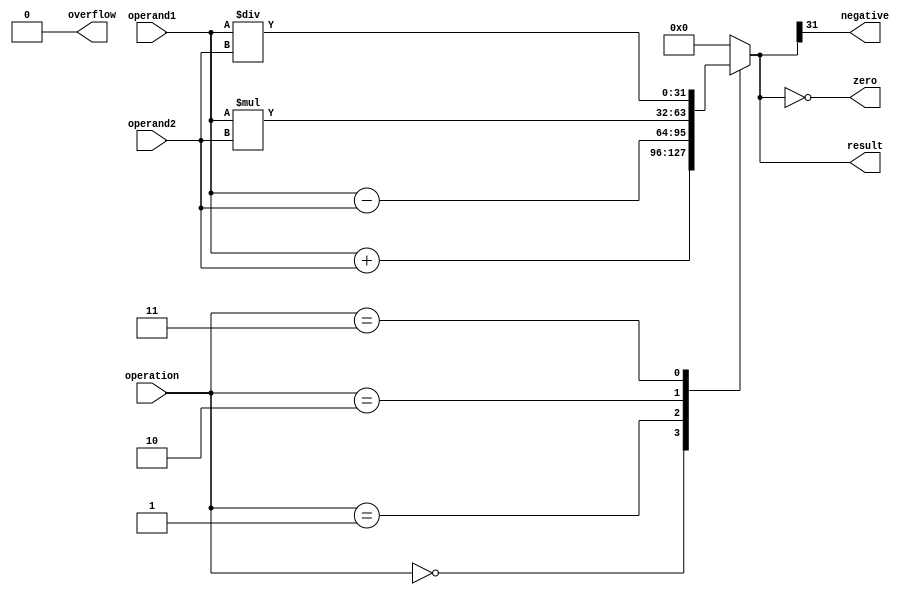
module ALU (
    input [31:0] operand1,
    input [31:0] operand2,
    input [2:0] operation,
    output reg [31:0] result,
    output reg zero,
    output reg negative,
    output reg overflow
);

always @(*) begin
    zero = (result == 0);
    negative = (result[31] == 1);
    overflow = 0;
    
    case(operation)
        3'b000: result = operand1 + operand2; // Addition
        3'b001: result = operand1 - operand2; // Subtraction
        3'b010: result = operand1 * operand2; // Multiplication
        3'b011: result = operand1 / operand2; // Division
        default: result = 0; // Invalid operation
    endcase
end

endmodule